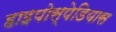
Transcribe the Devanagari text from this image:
हाइपोस्पेडियास